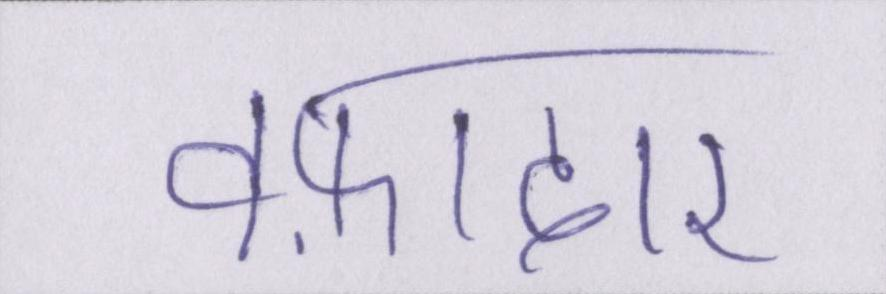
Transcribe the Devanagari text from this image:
वफ़ादार